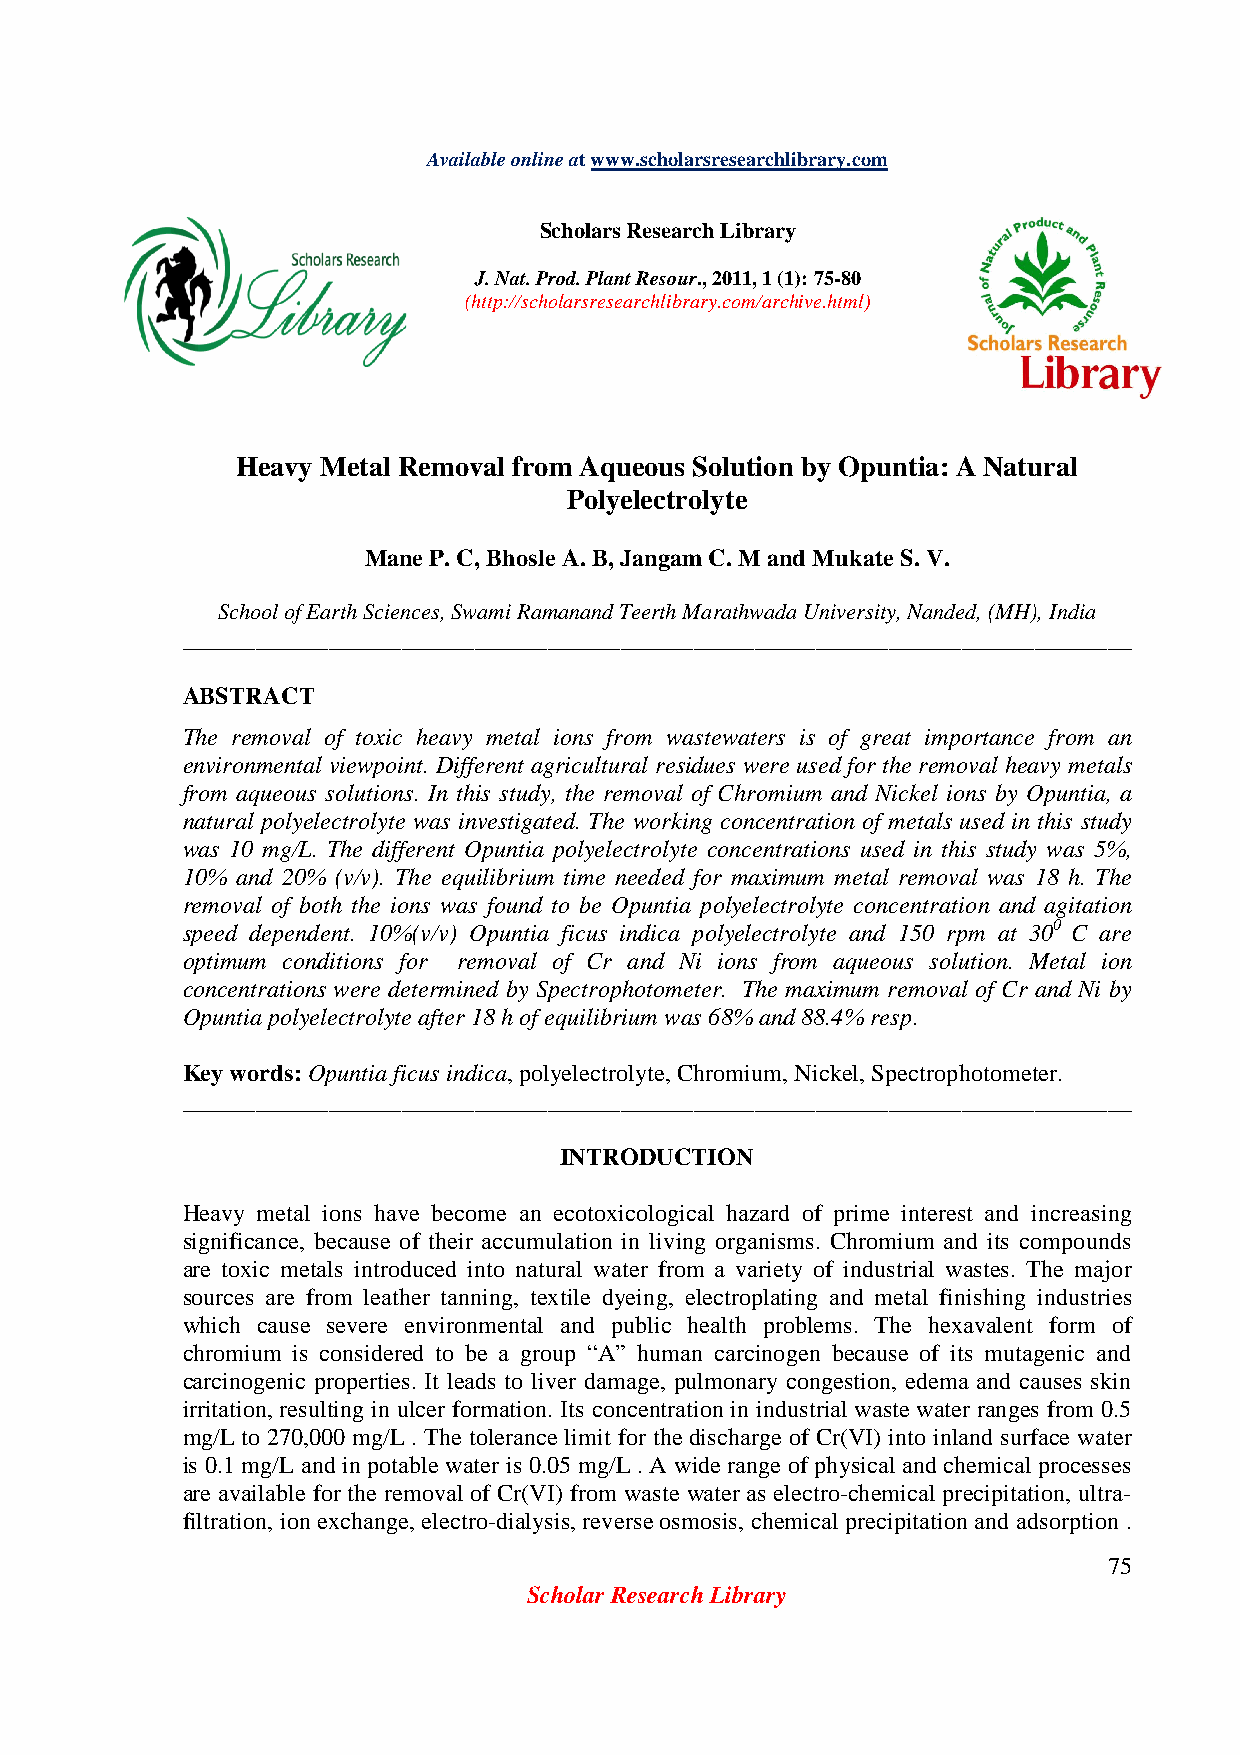
Available online at www.scholarsresearchlibrary.com
 Scholars Research Library
 J. Nat. Prod. Plant Resour., 2011, 1 (1): 75-80
 (http://scholarsresearchlibrary.com/archive.html)
 Heavy Metal Removal from Aqueous Solution by Opuntia: A Natural
 Polyelectrolyte
 Mane P. C, Bhosle A. B, Jangam C. M and Mukate S. V.
 School of Earth Sciences, Swami Ramanand Teerth Marathwada University, Nanded, (MH), India
 ______________________________________________________________________________
 ABSTRACT
 The removal of toxic heavy metal ions from wastewaters is of great importance from an
 environmental viewpoint. Different agricultural residues were used for the removal heavy metals
 from aqueous solutions. In this study, the removal of Chromium and Nickel ions by Opuntia, a
 natural polyelectrolyte was investigated. The working concentration of metals used in this study
 was 10 mg/L. The different Opuntia polyelectrolyte concentrations used in this study was 5%,
 10% and 20% (v/v). The equilibrium time needed for maximum metal removal was 18 h. The
 removal of both the ions was found to be Opuntia polyelectrolyte concentration and agitation
 speed dependent. 10%(v/v) Opuntia ficus indica polyelectrolyte and 150 rpm at 300 C are
 optimum conditions for removal of Cr and Ni ions from aqueous solution. Metal ion
 concentrations were determined by Spectrophotometer. The maximum removal of Cr and Ni by
 Opuntia polyelectrolyte after 18 h of equilibrium was 68% and 88.4% resp.
 Key words: Opuntia ficus indica, polyelectrolyte, Chromium, Nickel, Spectrophotometer.
 ______________________________________________________________________________
 INTRODUCTION
 Heavy metal ions have become an ecotoxicological hazard of prime interest and increasing
 significance, because of their accumulation in living organisms. Chromium and its compounds
 are toxic metals introduced into natural water from a variety of industrial wastes. The major
 sources are from leather tanning, textile dyeing, electroplating and metal finishing industries
 which cause severe environmental and public health problems. The hexavalent form of
 chromium is considered to be a group “A” human carcinogen because of its mutagenic and
 carcinogenic properties. It leads to liver damage, pulmonary congestion, edema and causes skin
 irritation, resulting in ulcer formation. Its concentration in industrial waste water ranges from 0.5
 mg/L to 270,000 mg/L . The tolerance limit for the discharge of Cr(VI) into inland surface water
 is 0.1 mg/L and in potable water is 0.05 mg/L . A wide range of physical and chemical processes
 are available for the removal of Cr(VI) from waste water as electro-chemical precipitation, ultra-
 filtration, ion exchange, electro-dialysis, reverse osmosis, chemical precipitation and adsorption .
 75
 Scholar Research Library